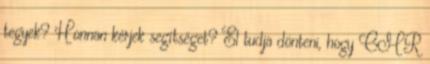
tegyek? Honnan kérjek segítséget? El tudja dönteni, hogy CMR